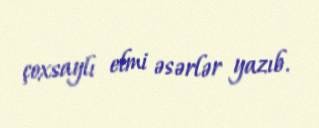
çoxsaylı elmi əsərlər yazıb.